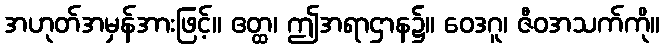
အဟုတ်အမှန်အားဖြင့်။ ဧတ္ထ၊ ဤအရာဌာန၌။ ဝေဒဂူ၊ ဇီဝအသက်ကို။